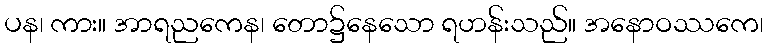
ပန၊ ကား။ အာရညကေန၊ တော၌နေသော ရဟန်းသည်။ အနောဝဿကေ၊